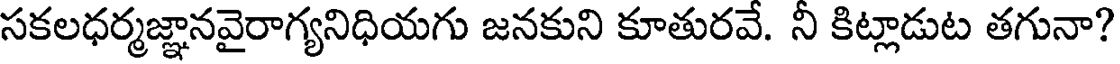
సకలధర్మజ్ఞానవైరాగ్యనిధియగు జనకుని కూతురవే. నీ కిట్లాడుట తగునా?